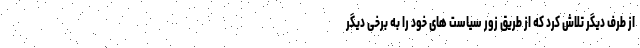
از طرف دیگر تلاش کرد که از طریق زور سیاست های خود را به برخی دیگر